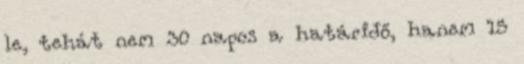
le, tehát nem 30 napos a határidő, hanem 15